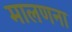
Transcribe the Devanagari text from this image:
मालणना